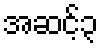
အဆင့်၃